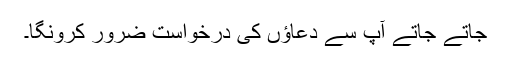
جاتے جاتے آپ سے دعاؤں کی درخواست ضرور کرونگا۔